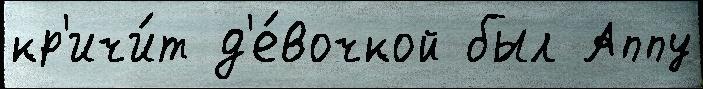
кр'ичи́т д'е́вочкой был Аппу